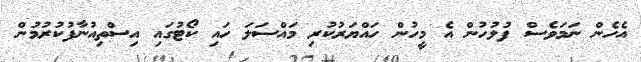
އެހެން ނަމަވެސް ފުލުހުން އެ މީހުން ހައްޔަރުކުރި މައްސަލަ ހައި ކޯޓުގައި އިސްތިއުނާފުކުރުމުން